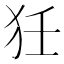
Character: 狅